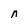
Character: n